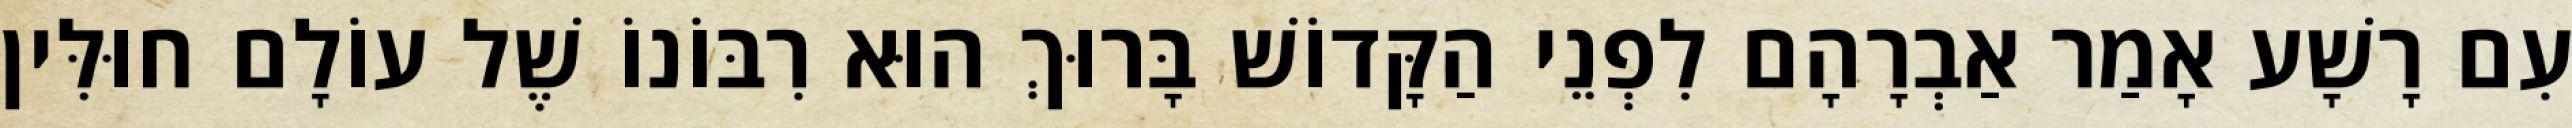
עִם רָשָׁע אָמַר אַבְרָהָם לִפְנֵי הַקָּדוֹשׁ בָּרוּךְ הוּא רִבּוֹנוֹ שֶׁל עוֹלָם חוּלִּין